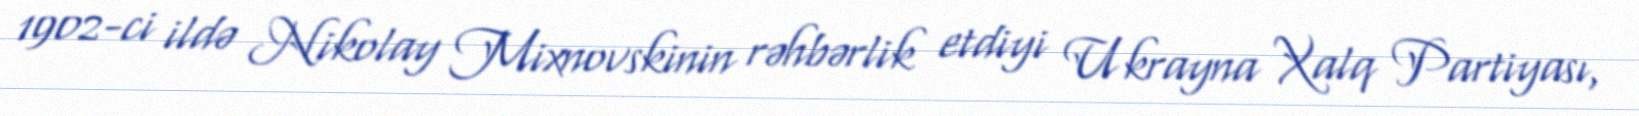
1902-ci ildə Nikolay Mixnovskinin rəhbərlik etdiyi Ukrayna Xalq Partiyası,